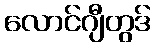
လောင်ဂျီတွဒ်